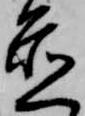
置